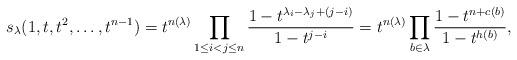
LaTeX: \begin{align*}s_\lambda(1,t,t^2, \ldots, t^{n-1}) = t^{n(\lambda)}\prod_{1\le i<j\le n} \frac{1-t^{\lambda_i-\lambda_j+(j-i)}}{1-t^{j-i}}= t^{n(\lambda)}\prod_{b\in \lambda} \frac{1-t^{n+c(b)}}{1-t^{h(b)}},\end{align*}